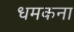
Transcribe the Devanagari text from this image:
धमकना